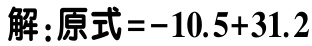
解：原式\(=-10.5 + 31.2\)